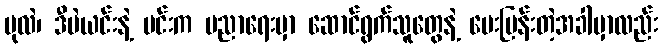
ပုလဲ၊ ဒီပဲယင်းနဲ့ မင်းက ပညာရေးမှာ ဆောင်ရွက်သူတွေနဲ့ မေးမြန်းတဲ့အခါမှာလည်း